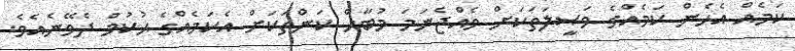
ކަމެއް އެހެން ކަމެއްގެ ވަޞީލަތަކަށް ވެއްޖެނަމަ މުބާޙް ކަންތަކަށް އެކަމެއްގެ ޙުކުމް ދެވޭނެއެވެ.